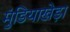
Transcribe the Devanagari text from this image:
मुंडियाखेड़ा